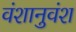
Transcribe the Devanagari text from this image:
वंशानुवंश